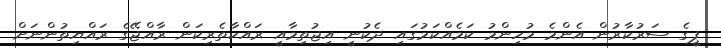
ޕީގެ ސަރުކާރުން އެންމެ މުހިންމު ކަމެއްކަމުގައި ދެކުނީ އިޖުތިމާއީ ރައްކާތެރިކަން ރާއްޖޭގެ ރައްޔިތުންނަށް